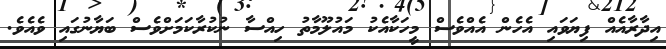
އިދާރާއެއް ފިޔަވައި އެހެން އެއްވެސް މީހަކާއެކު މައުލޫމާތު ހިއްސާ ނުކުރާކަމަށްވެސް ބަޔާނުގައި ވެއެވެ.